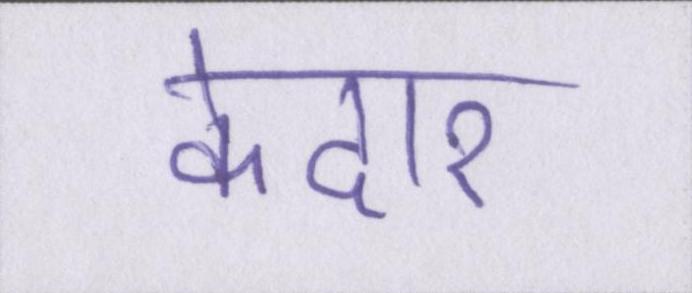
केदार